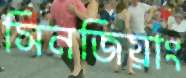
সিনজিয়াং